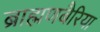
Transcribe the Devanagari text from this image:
ब्राह्मणबैरिया